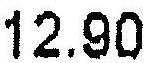
12.90